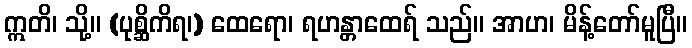
ဣတိ၊ သို့။ (ပုစ္ဆိကိရ၊) ထေရော၊ ရဟန္တာထေရ် သည်။ အာဟ၊ မိန့်တော်မူပြီ။